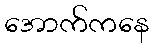
အောက်ကနေ